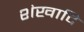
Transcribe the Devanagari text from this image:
शंखादि